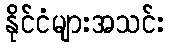
နိုင်ငံများအသင်း